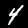
Label: 4